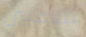
تتلاعبين